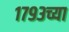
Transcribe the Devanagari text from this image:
१७९३च्या